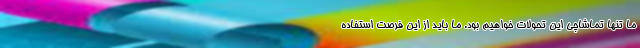
ما تنها تماشاچی این تحولات خواهیم بود. ما باید از این فرصت استفاده